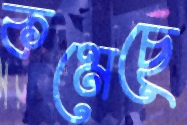
কমেছে